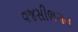
વજસીભગત